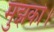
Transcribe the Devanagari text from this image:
मुझको।